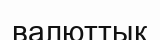
валюттық